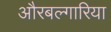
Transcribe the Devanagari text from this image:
औरबल्गारिया